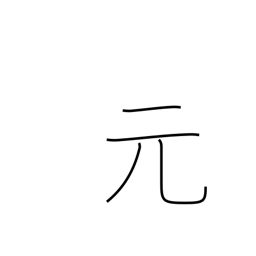
Meaning: former time